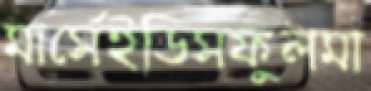
মার্সেইডিসফুলমা